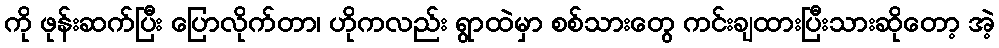
ကို ဖုန်းဆက်ပြီး ပြောလိုက်တာ၊ ဟိုကလည်း ရွာထဲမှာ စစ်သားတွေ ကင်းချထားပြီးသားဆိုတော့ အဲ့